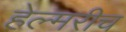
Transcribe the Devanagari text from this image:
हेल्मरीच